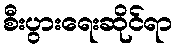
စီးပွားရေးဆိုင်ရာ